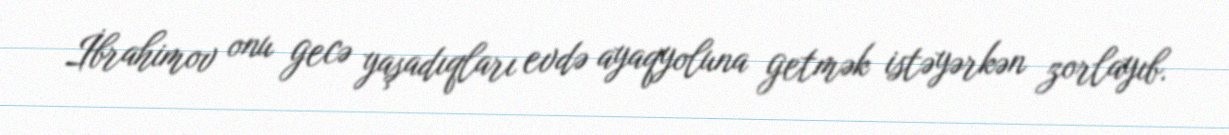
İbrahimov onu gecə yaşadıqları evdə ayaqyoluna getmək istəyərkən zorlayıb.